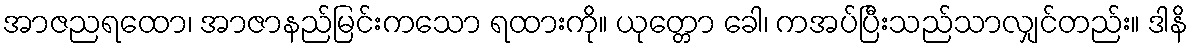
အာဇညရထော၊ အာဇာနည်မြင်းကသော ရထားကို။ ယုတ္တော ခေါ၊ ကအပ်ပြီးသည်သာလျှင်တည်း။ ဒါနိ